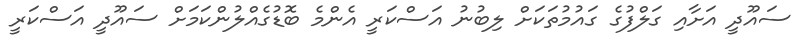
ސައޫދީ އަށާއި ގަލްފުގެ ގައުމުތަކަށް ލިބުނު އަސްކަރީ އެންމެ ބޮޑުގެއްލުންކަމަށް ސައޫދީ އަސްކަރީ